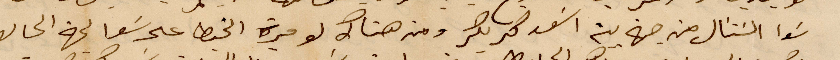
شوا الشتال من جهة بين اسعد مريكر ومن هناك لو ميرة الخيط على سَعا لجهة الحالط